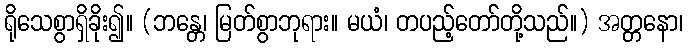
ရိုသေစွာရှိခိုး၍။ (ဘန္တေ၊ မြတ်စွာဘုရား။ မယံ၊ တပည့်တော်တို့သည်။) အတ္တနော၊